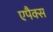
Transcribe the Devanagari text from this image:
एपैक्स